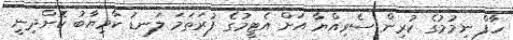
ހާފް ނިމުމުގެ ކުރިން ސެވިއްޔާ އަށް އެޓީމުގެ ފުރަތަމަ ލަނޑު ކާމިޔާބު ކޮށްދިނީ